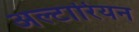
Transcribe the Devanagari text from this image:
अल्टारियन